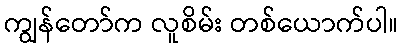
ကျွန်တော်က လူစိမ်း တစ်ယောက်ပါ။